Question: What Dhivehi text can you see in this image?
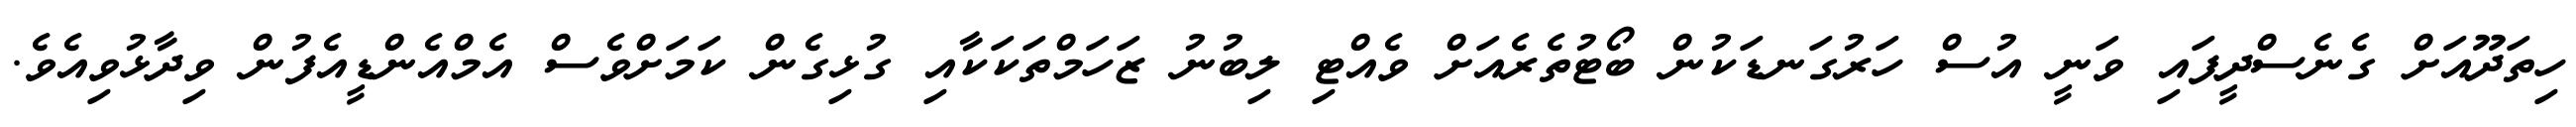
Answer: ހިތަދޫއަށް ގެނެސްދީފައި ވަނީ އުސް ހަރުގަނޑަކުން ބޯޓުތެރެއަށް ވެއްޓި ލިބުނު ޒަހަމްތަކަކާއި ގުޅިގެން ކަމަށްވެސް އެމްއެންޑީއެފުން ވިދާޅުވިއެވެ.